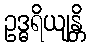
ဥဒ္ဓရိယျန္တိ